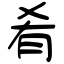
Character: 肴